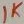
Text: 1K